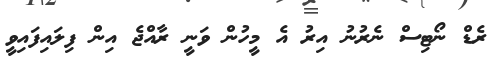
ރެޑް ނޯޓިސް ނެރުނު އިރު އެ މީހުން ވަނީ ރާއްޖެ އިން ފިލައިފައިވީ